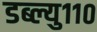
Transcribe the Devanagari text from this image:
डब्ल्यु११०